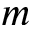
m